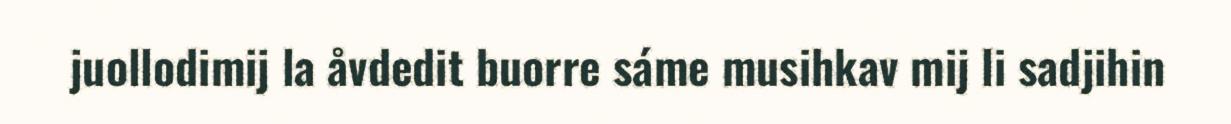
juollodimij la åvdedit buorre sáme musihkav mij li sadjihin